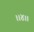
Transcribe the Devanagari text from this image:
।।४।।